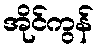
အိုင်ကွန်